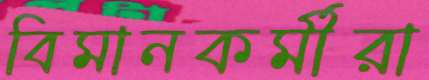
বিমানকর্মীরা